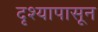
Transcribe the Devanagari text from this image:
दृश्यापासून